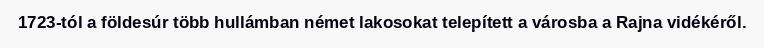
1723-tól a földesúr több hullámban német lakosokat telepített a városba a Rajna vidékéről.